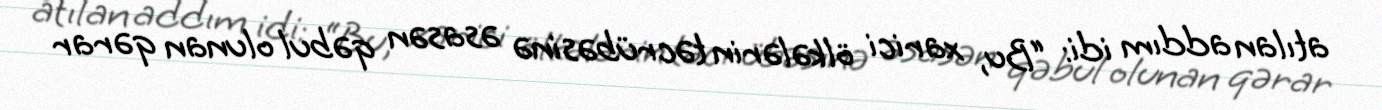
atılan addım idi: “Bu, xarici ölkələrin təcrübəsinə əsasən qəbul olunan qərar